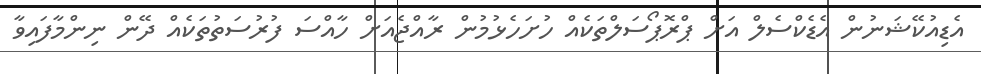
އެޑިއުކޭޝަނުން އެޑެކްސެލް އަށް ޕްރޮޕޯސަލްތަކެއް ހުށަހެޅުމުން ރާއްޖެއަށް ހާއްސަ ފުރުސަތުތަކެއް ދޭން ނިންމާފައިވާ